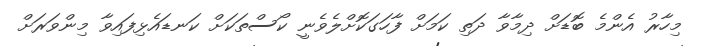
މިހާރު އެންމެ ބޮޑަށް ދިމާވާ ދަތި ކަމަށް ފާހަގަކޮށްލެވެނީ ކޯސްތަކަށް ކަނޑައެޅިފައިވާ މިންވަރަށް